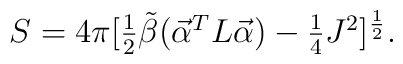
S=4\pi[\textstyle{{1\over 2}}{\tilde \beta}(\vec{\cal \alpha}^TL\vec{\cal \alpha})-\textstyle{{1\over 4}}J^2]^{1\over 2}.